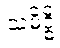
သမိဒ္ဓိ